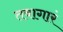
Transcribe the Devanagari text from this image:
तवागारं